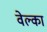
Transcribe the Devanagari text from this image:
वेल्का